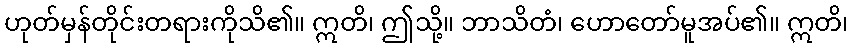
ဟုတ်မှန်တိုင်းတရားကိုသိ၏။ ဣတိ၊ ဤသို့။ ဘာသိတံ၊ ဟောတော်မူအပ်၏။ ဣတိ၊